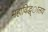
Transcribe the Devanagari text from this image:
महाविद्ध्ालय